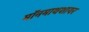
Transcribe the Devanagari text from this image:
मॉनमाथशायर